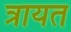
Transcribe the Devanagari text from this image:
त्रायत